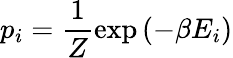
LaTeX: p_{i}=\frac{1}{Z}\exp\left({-\beta E_{i}}\right)